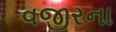
વજીરના